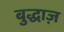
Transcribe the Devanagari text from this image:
बुद्धाज़